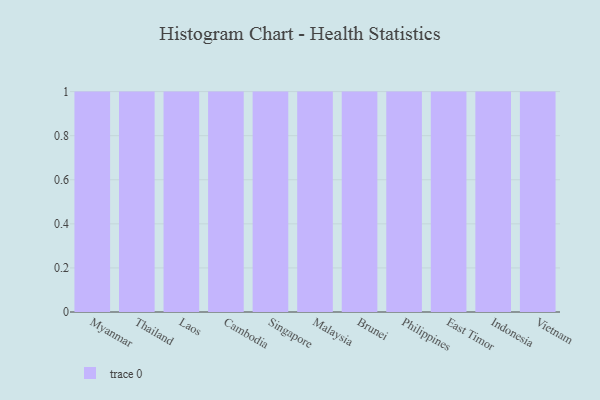
{"axis": {"x": "Country", "y": "Satisfaction Score"}, "legend": [""], "data": [{"x": "Myanmar", "y": 88, "type": ""}, {"x": "Thailand", "y": 46, "type": ""}, {"x": "Laos", "y": 56, "type": ""}, {"x": "Cambodia", "y": 89, "type": ""}, {"x": "Singapore", "y": 21, "type": ""}, {"x": "Malaysia", "y": 7, "type": ""}, {"x": "Brunei", "y": 83, "type": ""}, {"x": "Philippines", "y": 62, "type": ""}, {"x": "East Timor", "y": 48, "type": ""}, {"x": "Indonesia", "y": 86, "type": ""}, {"x": "Vietnam", "y": 83, "type": ""}]}